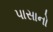
પાસાનો